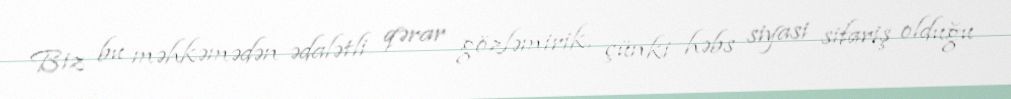
Biz bu məhkəmədən ədalətli qərar gözləmirik, çünki həbs siyasi sifariş olduğu